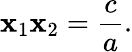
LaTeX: \mathbf{x}_{1}\mathbf{x}_{2}={\frac{{c}}{{a}}}.